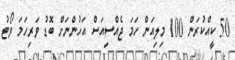
50 ކީއްކުރަން 100 މިލިއަން ހަމަ ޖެއްސިއަސް އަހުންނަށް ބޮޑު ވަރިހަމަ ވޯޓު